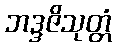
ဘဒ္ဒဇိသုတ္တံ